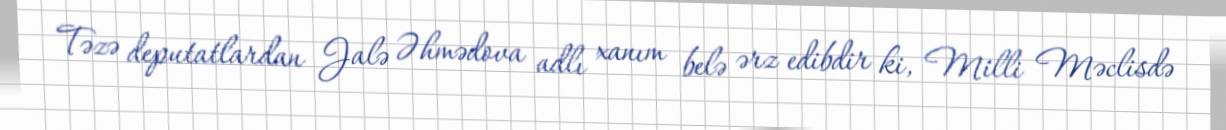
Təzə deputatlardan Jalə Əhmədova adlı xanım belə ərz edibdir ki, Milli Məclisdə